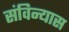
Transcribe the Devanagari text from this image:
संविन्यास